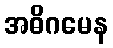
အဓိဂမေန